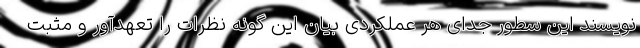
نویسند این سطور جدای هر عملکردی بیان این گونه نظرات را تعهدآور و مثبت